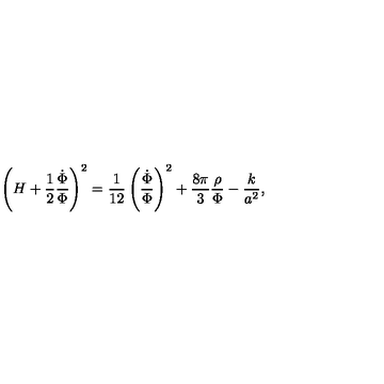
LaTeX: \left( H + { \frac { 1 } { 2 } } { \frac { \dot { \Phi } } { \Phi } } \right) ^ { 2 } = { \frac { 1 } { 1 2 } } \left( { \frac { \dot { \Phi } } { \Phi } } \right) ^ { 2 } + { \frac { 8 \pi } { 3 } } { \frac { \rho } { \Phi } } - { \frac { k } { a ^ { 2 } } } ,